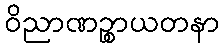
ဝိညာဏဉ္စာယတနာ